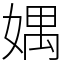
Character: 媀